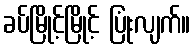
ခပ်မြိုင့်မြိုင့် ပြုံးလျက်။